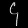
Digit: ၄